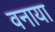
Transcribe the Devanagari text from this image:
वनाया